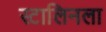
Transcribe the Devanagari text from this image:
स्टालिनला